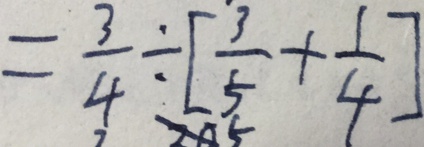
= \frac { 3 } { 4 } \div [ \frac { 3 } { 5 } + \frac { 1 } { 4 } ]